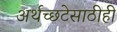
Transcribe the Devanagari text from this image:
अर्थच्छटेसाठीही